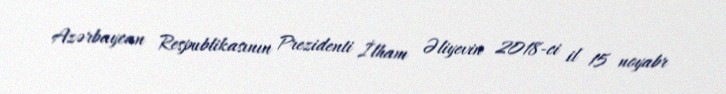
Azərbaycan Respublikasının Prezidenti İlham Əliyevin 2018-ci il 15 noyabr